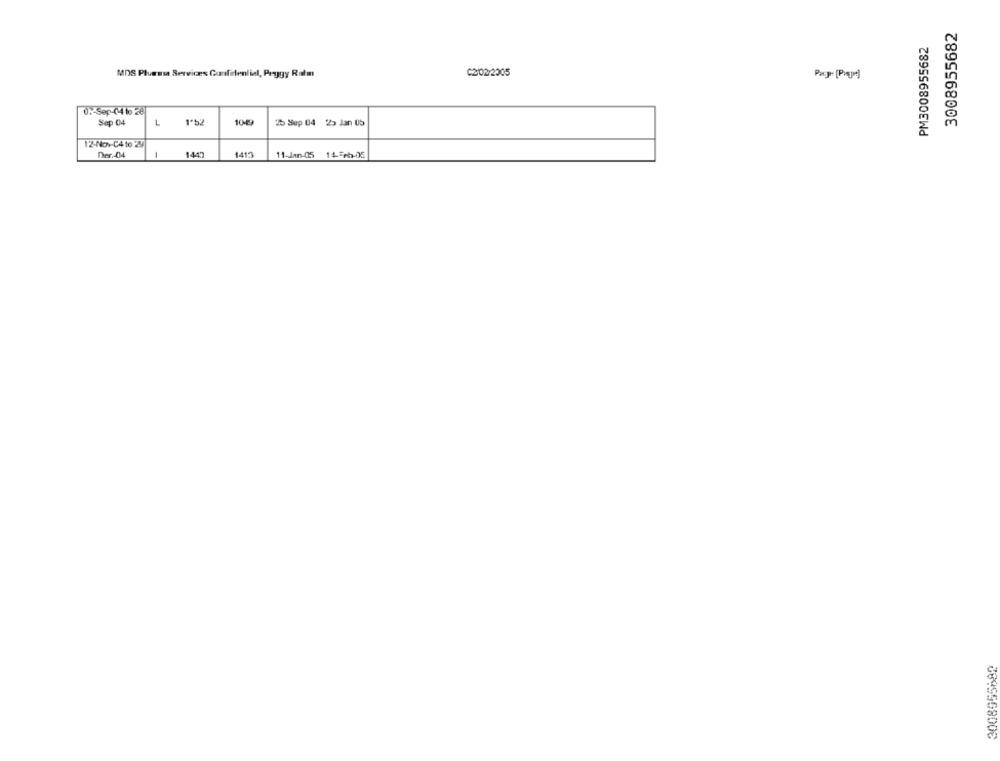
3008955682
PM3008955682
MDS Pluessa Services Confidential, Peggy Ratm
C2/02/2005
0%-Sep-444 to 28
Sep 04
L
1'52
1049
25 Sep 04 25 Jan US
12-Nov-C4 to 29
1
144")
Der ,- 04
1413
11-Jan-05 145ch-05